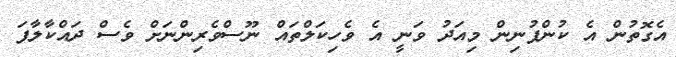
އެގޮތުން އެ ކުންފުނިން މިއަދު ވަނީ އެ ވެހިކަލްތައް ނޫސްވެރިންނަށް ވެސް ދައްކާލާފަ